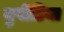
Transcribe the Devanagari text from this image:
नुपीडिया